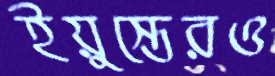
ইয়ুস্তেরও